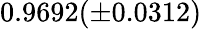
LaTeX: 0.9692(\pm 0.0312)